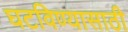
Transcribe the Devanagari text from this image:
घटविण्यासाठी